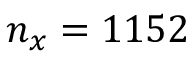
n _ { x } = 1 1 5 2